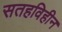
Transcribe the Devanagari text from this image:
सतहविहीन